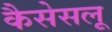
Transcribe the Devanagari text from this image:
कैसेसलू